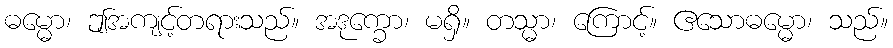
ဓမ္မော၊ ဤအကျင့်တရားသည်။ အဒုက္ခော၊ မရှိ။ တသ္မာ၊ ကြောင့်။ ဧသောဓမ္မော၊ သည်။